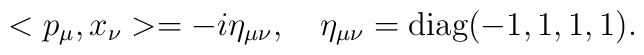
<p_\mu, x_\nu> =  -i \eta_{\mu\nu}, \quad \eta_{\mu\nu} = \mbox{diag}(-1,1,1,1).